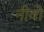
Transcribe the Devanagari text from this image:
नीवो